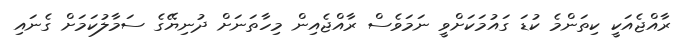
ރާއްޖެއަކީ ކިތަންމެ ކުޑަ ގައުމަކަށްވީ ނަމަވެސް ރާއްޖެއިން މިހާތަނަށް ދުނިޔޭގެ ސަމާލުކަމަށް ގެނައި